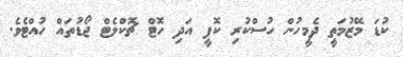
ކުޑަ މޭޒުމަތީ ދެމީހުން ހުސްކުރި ކޮފީ އަދި ހޮޓް ޗޮކްލެޓް ޖޯޑުތައް ހުއްޓެވެ.